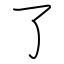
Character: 了